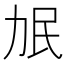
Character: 𰅌